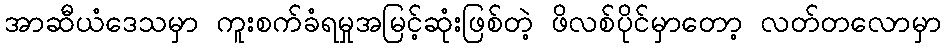
အာဆီယံဒေသမှာ ကူးစက်ခံရမှုအမြင့်ဆုံးဖြစ်တဲ့ ဖိလစ်ပိုင်မှာတော့ လတ်တလောမှာ